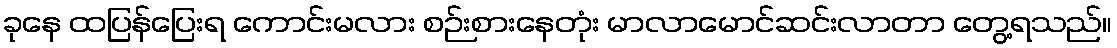
ခုနေ ထပြန်ပြေးရ ကောင်းမလား စဉ်းစားနေတုံး မာလာမောင်ဆင်းလာတာ တွေ့ရသည်။